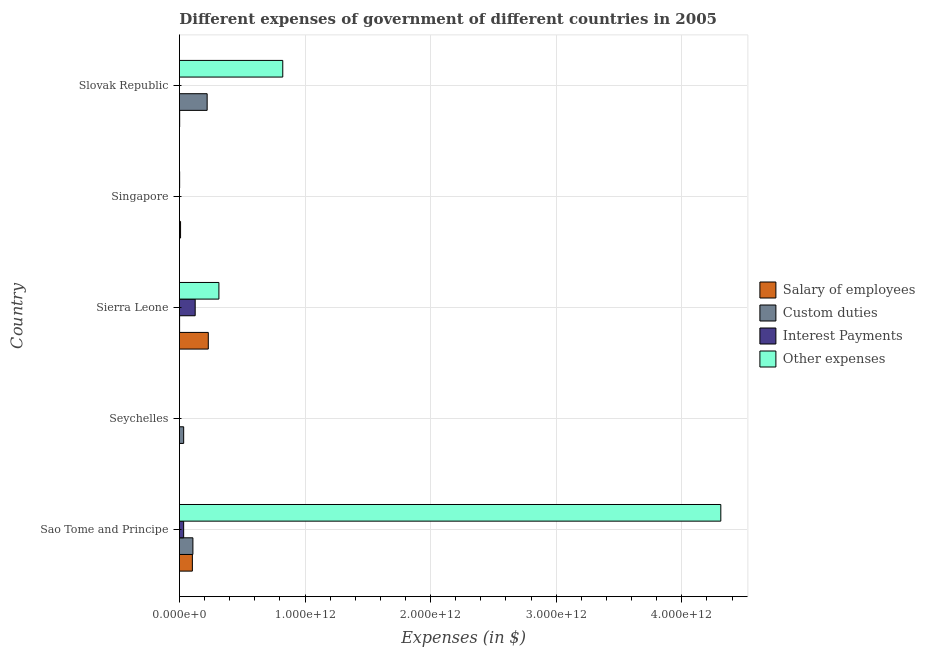
| Country | Salary of employees | Custom duties | Interest Payments | Other expenses |
 | --- | --- | --- | --- | --- |
 | Sao Tome and Principe | 1.03e+11 | 1.07e+11 | 3.37e+10 | 4.31e+12 |
 | Seychelles | 6.81e+08 | 3.39e+10 | 2.6e+08 | 4.33e+08 |
 | Sierra Leone | 2.3e+11 | 1.47e+09 | 1.26e+11 | 3.14e+11 |
 | Singapore | 9.11e+09 | 7.28e+08 | 2.03e+08 | 1.83e+09 |
 | Slovak Republic | 2.1e+09 | 2.21e+11 | 7e+08 | 8.23e+11 |